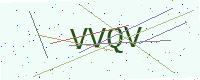
Text: VVQV